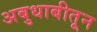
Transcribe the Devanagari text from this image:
अबुधाबीतून